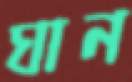
ঘান